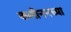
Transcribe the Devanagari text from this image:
कलीननच्या